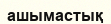
ашымастық